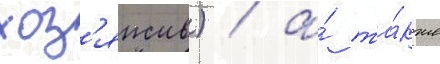
хоз'яиств) / а́ та́кже